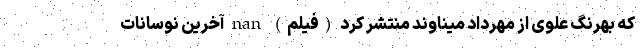
که بهرنگ علوی از مهرداد میناوند منتشر کرد (فیلم) nan آخرین نوسانات